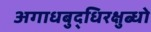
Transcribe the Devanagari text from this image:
अगाधबुद्धिरक्षुब्धो